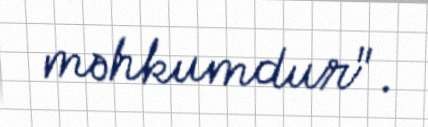
məhkumdur".